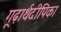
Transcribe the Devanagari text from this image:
गूढ़ार्थदीपिका